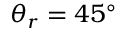
\theta _ { r } = 4 5 ^ { \circ }